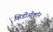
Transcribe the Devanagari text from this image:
व्हिडीओकॉन